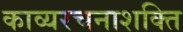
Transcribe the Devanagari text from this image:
काव्यरचनाशक्ति